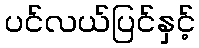
ပင်လယ်ပြင်နှင့်